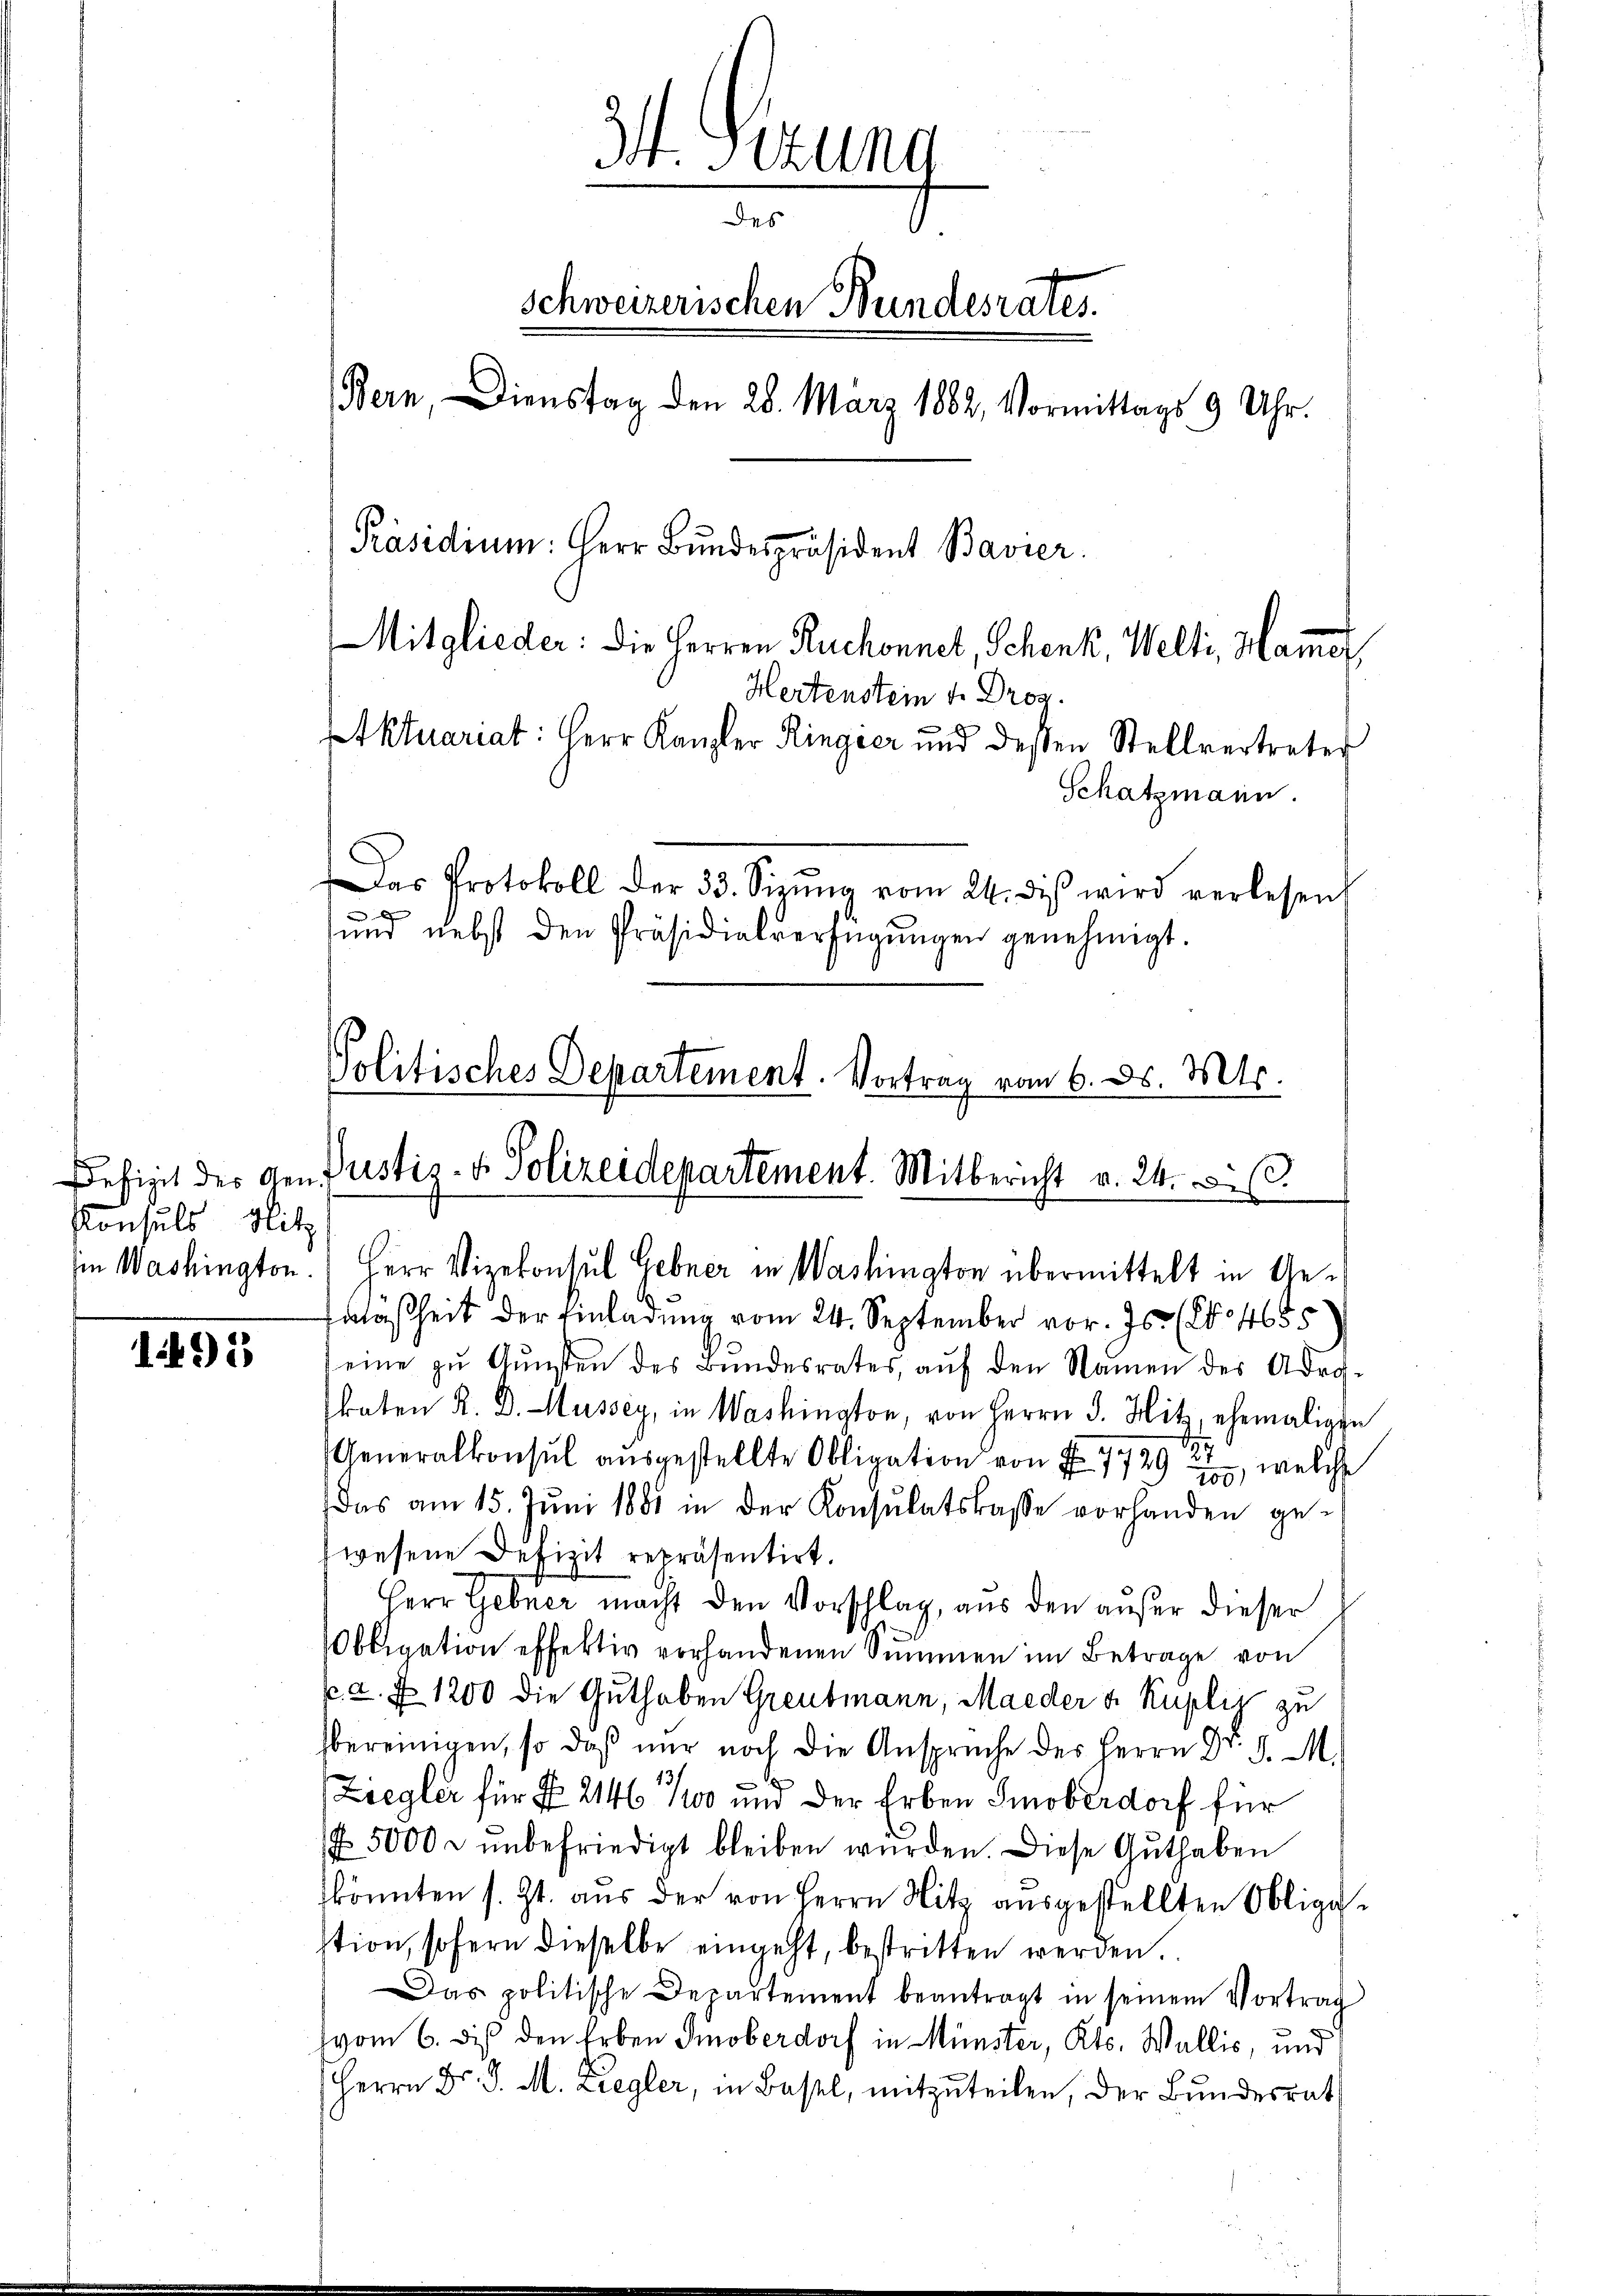
Befizit des Gen
Konsuls Mitz
in Washington

1495

3t. Perung
des
Schweizerischen Bundesrates.
Bern Dienstag den 28. März 1882, Vormittags 9 Uhr.
Präsidium: Herr Bundespräsident Bavier.
Mitglieder: Die Herren Ruchonnet, Schenk, Welti, Hames
Hertenstein u. Droz.

Etktuariat: Herr Kanzler Ringer und dessen Stellvertreter
Schatzmann.

Das Protokoll der 33. Sieŭng vom 24. diβ wird verlesen
u
und nebst den Präsidialverfügŭngen genehmigt.
Politisches Departement. Vortrag vom 6. ds. Mts.
Justiz- & Polizeidepartement. Mitbericht v. 24. v.

Herr Vizekonsul Gebner in Washington übermittelt in Ge¬

aaßheit der Einladung vom 24. September vor. Js. (No 4655
eine zŭ Gŭnsten des Bŭndesrates, aŭf den Namen des Adra-
katen R. D. Mussey, in Washington, von Herrn J. Hitz, ehemaligen
Generalkonsul ausgestellte Obligation von § 779, welche
das am 15. Jŭni 1881 in der Konsulatskasse vorhanden ge-
wesene Defizit repräsentirt.
Herr Gebner macht den Vorschlag, aus den außer dieser
Obligation effektiv vorhandenen Summen im Betrage von
p. a. f. 1200 die Guthaben Greubmann, Maeder v. Kupliz zu
bereinigen, so daß nur noch die Ansprüche des Herrn Dr. d. M.
13
.
Ziegler für § 2146. 1100 und der Erben Smoberdorf für
 5000 u ŭnbefriedigt bleiben würden. Diese Guthaben
könnten s. Zt. aus der von Herrn Nitz ausgestellten Obligastion, sofern dieselbe eingeht, bestritten werden
Das politische Departement beantragt in seinem Vortrag
(vom 6. di den Erben Smoberdorf in Münster, Kts. Wallis, und
Herrn Dr. P. M. Ziegler, in Basel, mitzuteilen, der Bundesrat